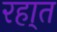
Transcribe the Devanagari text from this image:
रहा्त